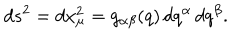
LaTeX: d s ^ { 2 } = d x _ { \mu } ^ { 2 } = g _ { \alpha \beta } ( q ) \, d q ^ { \alpha } \, d q ^ { \beta } .